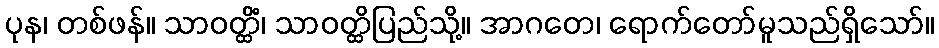
ပုန၊ တစ်ဖန်။ သာဝတ္ထိံ၊ သာဝတ္ထိပြည်သို့။ အာဂတေ၊ ရောက်တော်မူသည်ရှိသော်။